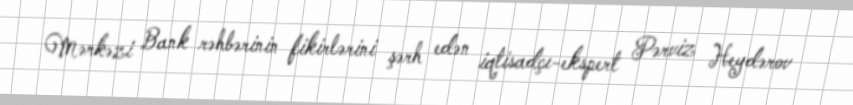
Mərkəzi Bank rəhbərinin fikirlərini şərh edən iqtisadçı-ekspert Pərviz Heydərov